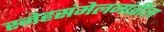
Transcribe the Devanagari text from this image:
स्नेहसंमेलनांतील